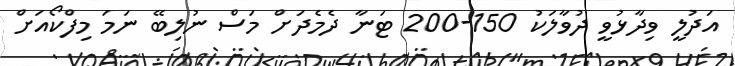
އަދުލީ ވިދާޅުވީ ދުވާލަކު 150-200 ޓަނާ ދެމެދަށް މަސް ނުލިބޭ ނަމަ މިފްކޯއަށް